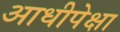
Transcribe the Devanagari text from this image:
आधीपेक्षा